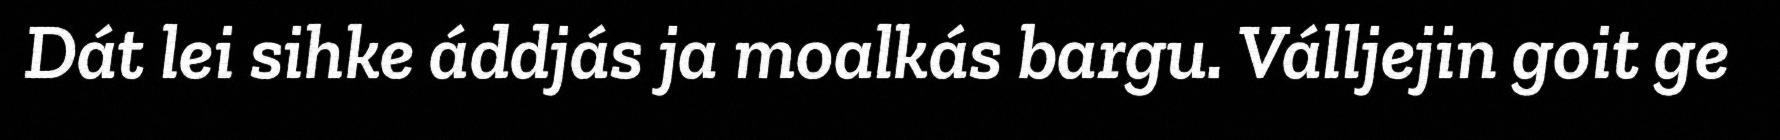
Dát lei sihke áddjás ja moalkás bargu. Válljejin goit ge